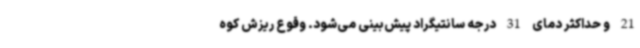
21 و حداکثر دمای 31 درجه سانتیگراد پیش‌بینی می‌شود. وقوع ریزش کوه